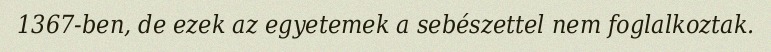
1367-ben, de ezek az egyetemek a sebészettel nem foglalkoztak.